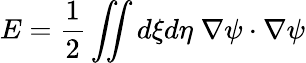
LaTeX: E=\frac{1}{2}\iint d\xi d\eta\; \nabla\psi\cdot\nabla\psi